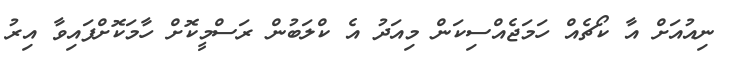
ނިއުއަށް އާ ކޯޗެއް ހަމަޖެއްސިކަން މިއަދު އެ ކްލަބުން ރަސްމީކޮށް ހާމަކޮށްފައިވާ އިރު